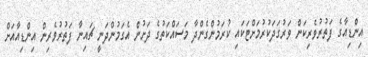
އިންޑިއާގެ ފަތުރުވެރިކަން ވަރުގަދަކުރުމަށްޓަކައި ކުރަމުންގެންދާ މަސައްކަތުގެ ދަށުން އެގަމުންދަނީ ޗައިނާ ފަތުރުވެރިން އިންޑިއާއަށް